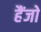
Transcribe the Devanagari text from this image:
हैंजो